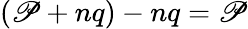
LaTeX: (\mathscr{P}+nq)-nq=\mathscr{P}